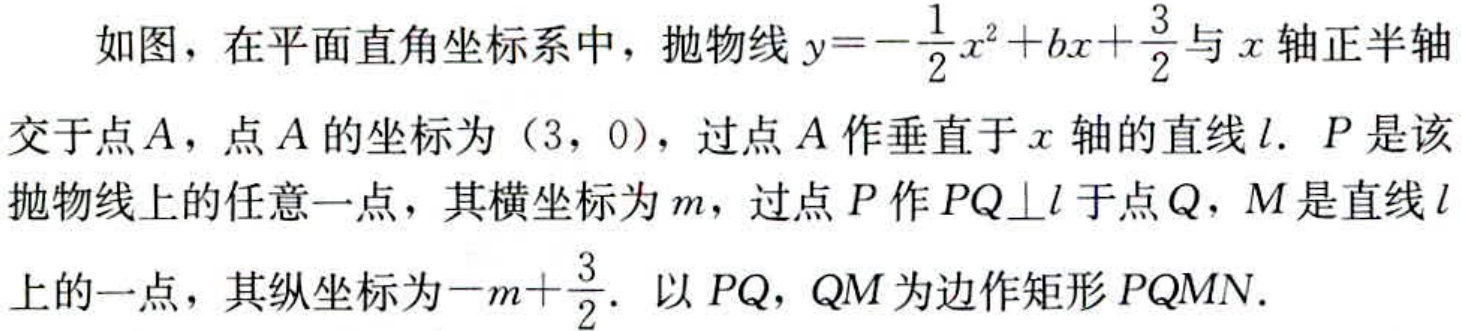
如图，在平面直角坐标系中，抛物线\(y = -\frac{1}{2}x^{2}+bx+\frac{3}{2}\)与\(x\)轴正半轴交于点\(A\)，点\(A\)的坐标为\((3,0)\)，过点\(A\)作垂直于\(x\)轴的直线\(l\)。\(P\)是该抛物线上的任意一点，其横坐标为\(m\)，过点\(P\)作\(PQ\perp l\)于点\(Q\)，\(M\)是直线\(l\)上的一点，其纵坐标为\(-m+\frac{3}{2}\)。以\(PQ\)，\(QM\)为边作矩形\(PQMN\)。